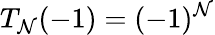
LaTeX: T_{\mathcal{N}}(-1)=(-1)^{\mathcal{N}}